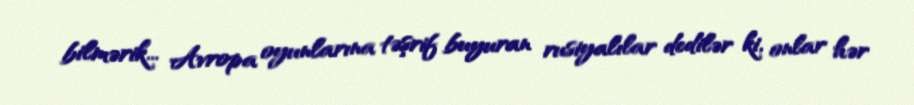
bilmərik... Avropa oyunlarına təşrif buyuran rusiyalılar dedilər ki, onlar hər